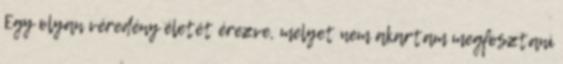
Egy olyan véredény életét érezve, melyet nem akartam megfosztani